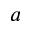
^ { a }